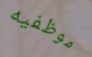
موظفيه